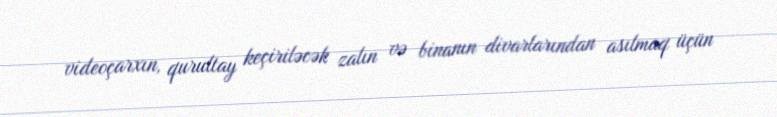
videoçarxın, qurultay keçiriləcək zalın və binanın divarlarından asılmaq üçün